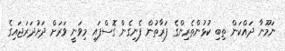
ނަމޫނާ ދައްކަން ތިބި ކުޅުންތެރިންގެ ފަރާތުން ފެނިގެން ގޮސްފައި މިވަނީ ވަރަށް ދަށުދަރަޖައިގެ